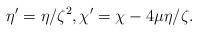
LaTeX: \begin{align*}\eta'=\eta/\zeta^2, \chi'=\chi-4\mu\eta/\zeta.\end{align*}